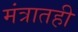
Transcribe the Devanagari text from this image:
मंत्रातही